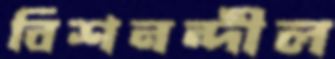
বিশনন্দীল